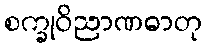
စက္ခုဝိညာဏဓာတု